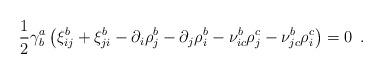
LaTeX: \begin{align*}{1\over 2}\gamma^a_b\left(\xi^b_{ij} + \xi^b_{ji} - \partial_i\rho^b_j -\partial_j\rho^b_i - \nu^b_{ic}\rho^c_j - \nu^b_{jc}\rho^c_i\right)=0\,\,\,.\end{align*}